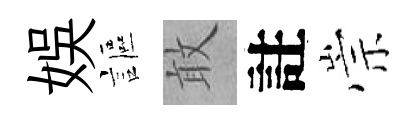
娱謳敢註崇